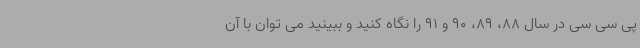
پی سی سی در سال 88، 89، 90 و 91 را نگاه کنید و ببینید می توان با آن